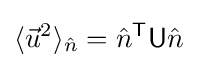
\langle {\vec {u}}^{2}\rangle _{\hat {n}}={\hat {n}}^{\mathsf {T}}{\mathsf {U}}{\hat {n}}